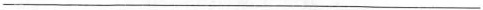
___